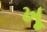
ખૂ